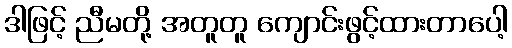
ဒါဖြင့် ညီမတို့ အတူတူ ကျောင်းဖွင့်ထားတာပေါ့